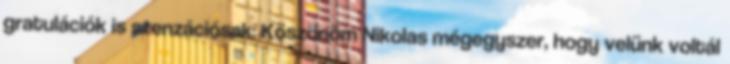
gratulációk is szenzációsak: Köszönöm Nikolas mégegyszer, hogy velünk voltál